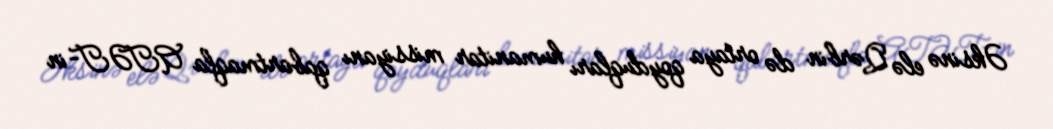
Əksinə elə Qərbin də ortaya qoyduqları humanitar missiyanı qabartmaqla ATƏT-in